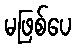
မဖြစ်ပေ